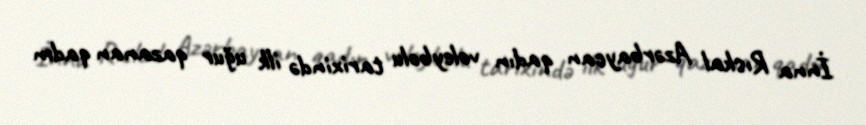
İnna Rıskal Azərbaycan qadın voleybolu tarixində ilk uğur qazanan qadın